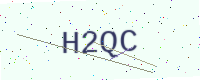
Text: H2QC